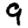
Digit: 9